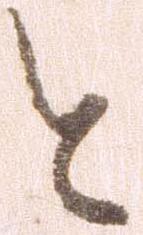
と